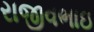
રાજીવભાઇ